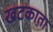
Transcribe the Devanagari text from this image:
खटकाता